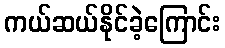
ကယ်ဆယ်နိုင်ခဲ့ကြောင်း